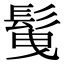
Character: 𩬲